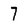
Character: 7